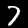
Label: 7